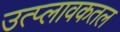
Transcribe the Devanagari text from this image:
उत्प्लावकतल